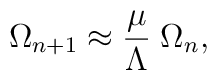
\Omega_{n+1}\approx{\mu\over\Lambda}\; \Omega_n ,